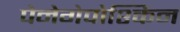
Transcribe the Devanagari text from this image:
पेनेगेपोश्किन